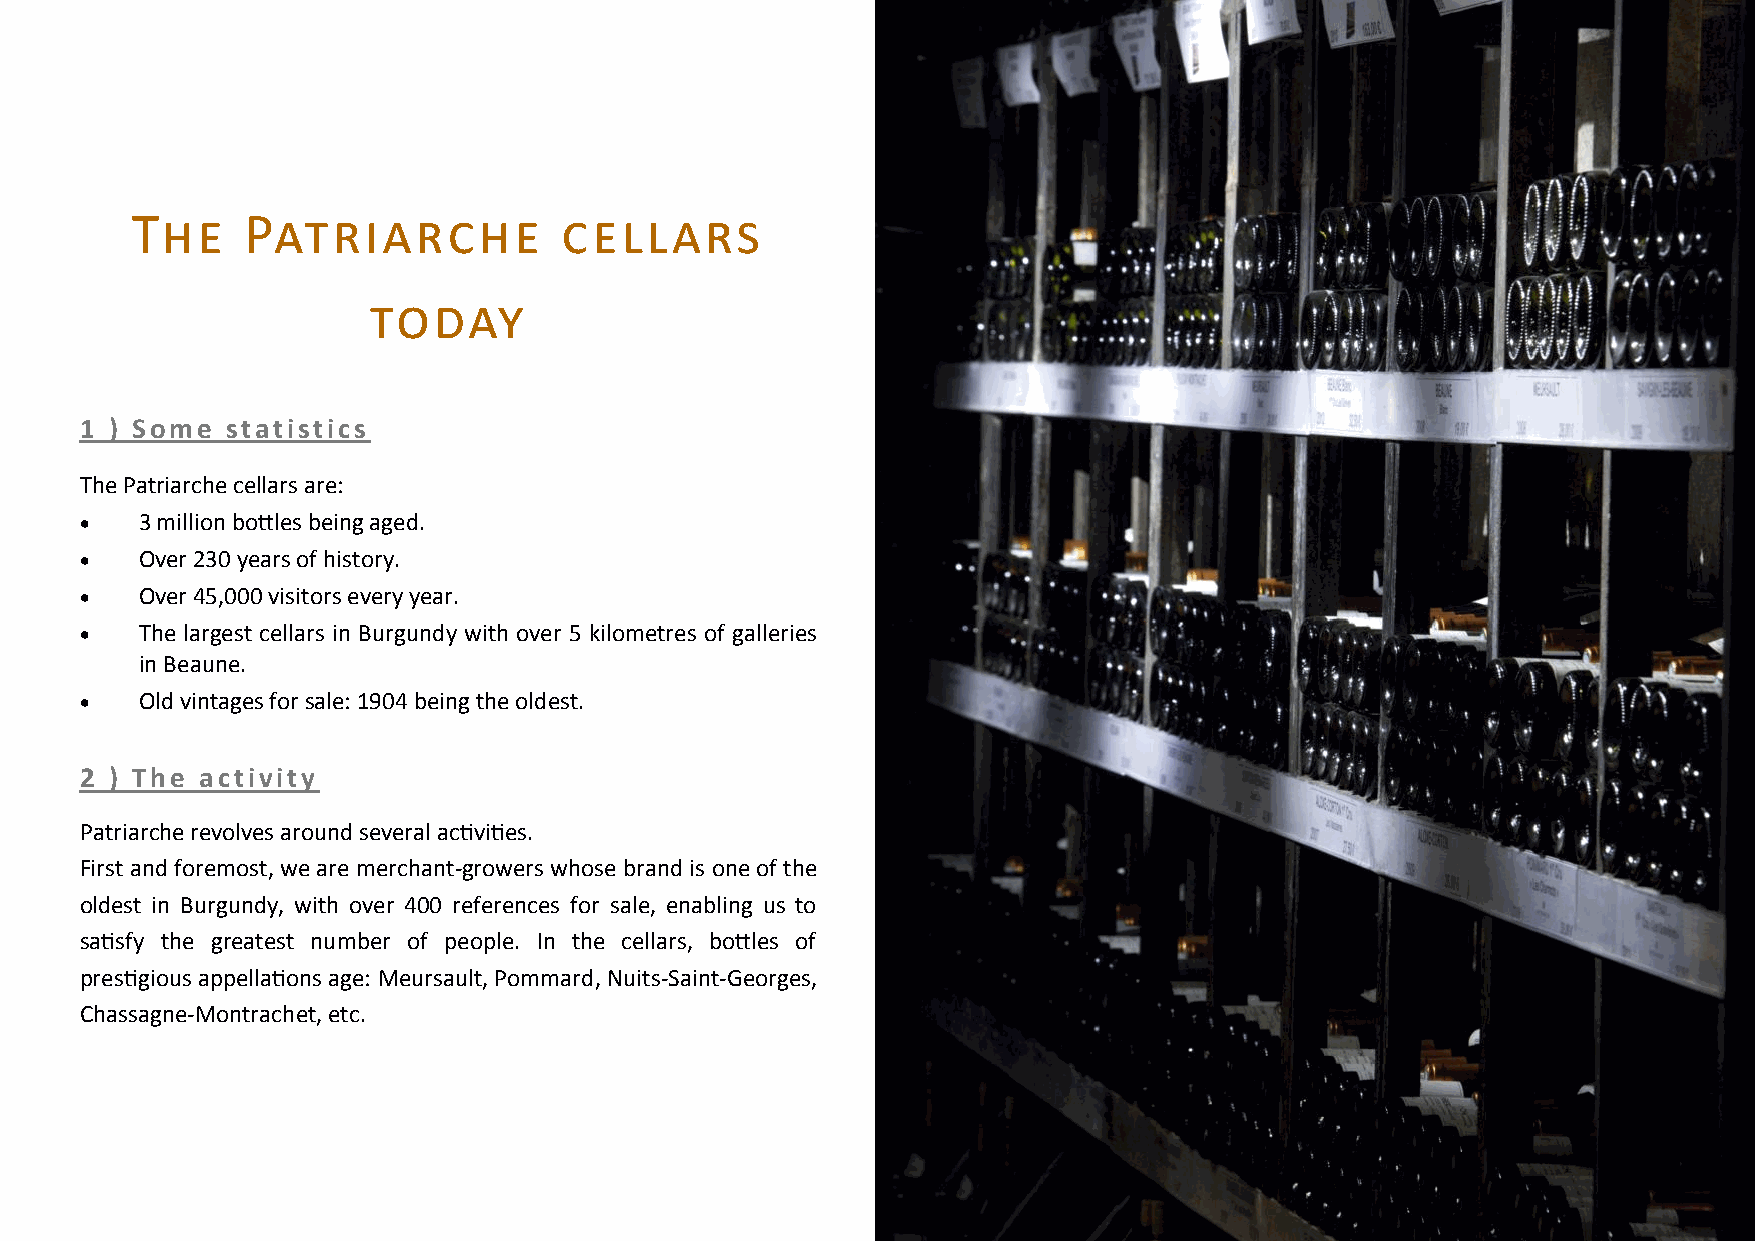
The    Patriarche           cellars
 today
 1 ) Some  statistics
 The Patriarche cellars are:
    3 million bottles being aged.
    Over 230 years of history.
    Over 45,000 visitors every year.
    The largest cellars in Burgundy with over 5 kilometres of galleries
 in Beaune.
    Old vintages for sale: 1904 being the oldest.
 2 ) The activity
 Patriarche revolves around several activities.
 First and foremost, we are merchant-growers whose brand is one of the
 oldest in Burgundy, with over 400 references for sale, enabling us to
 satisfy the greatest number of people. In the cellars, bottles of
 prestigious appellations age: Meursault, Pommard, Nuits-Saint-Georges,
 Chassagne-Montrachet, etc.
 6